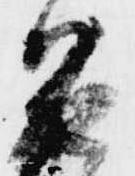
召